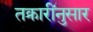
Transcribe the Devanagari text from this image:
तक्रारींनुसार